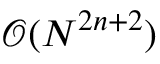
\mathcal { O } ( N ^ { 2 n + 2 } )